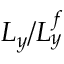
\boldsymbol { L _ { y } / L _ { y } ^ { f } }